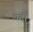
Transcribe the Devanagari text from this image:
चंदी